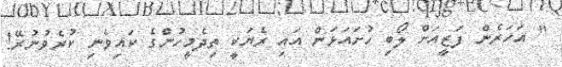
" އަހަރެން ފަޒީއަށް ލޯބި ހުށައަޅަން އައި ރެޔަކީ ތިދެމީހުންގެ ކައިވެނި ކުރެވުނުރޭ!